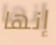
إنها